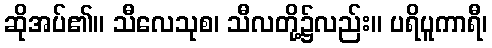
ဆိုအပ်၏။ သီလေသုစ၊ သီလတို့၌လည်း။ ပရိပူကာရီ၊